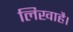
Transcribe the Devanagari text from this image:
लिखाहै।